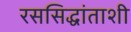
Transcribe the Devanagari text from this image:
रससिद्धांताशी